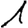
Digit: 1